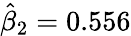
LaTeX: {\hat{\beta}}_{2}=0.556